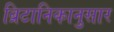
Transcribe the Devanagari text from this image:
ब्रिटानिकानुसार